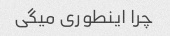
چرا اینطوری میگی